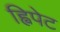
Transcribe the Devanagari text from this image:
ह्विपेट